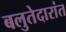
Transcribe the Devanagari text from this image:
बलुतेदारांत